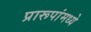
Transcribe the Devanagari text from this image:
प्रारूपांमध्ये